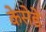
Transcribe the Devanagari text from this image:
केसेडे